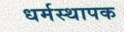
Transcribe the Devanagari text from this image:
धर्मस्थापक